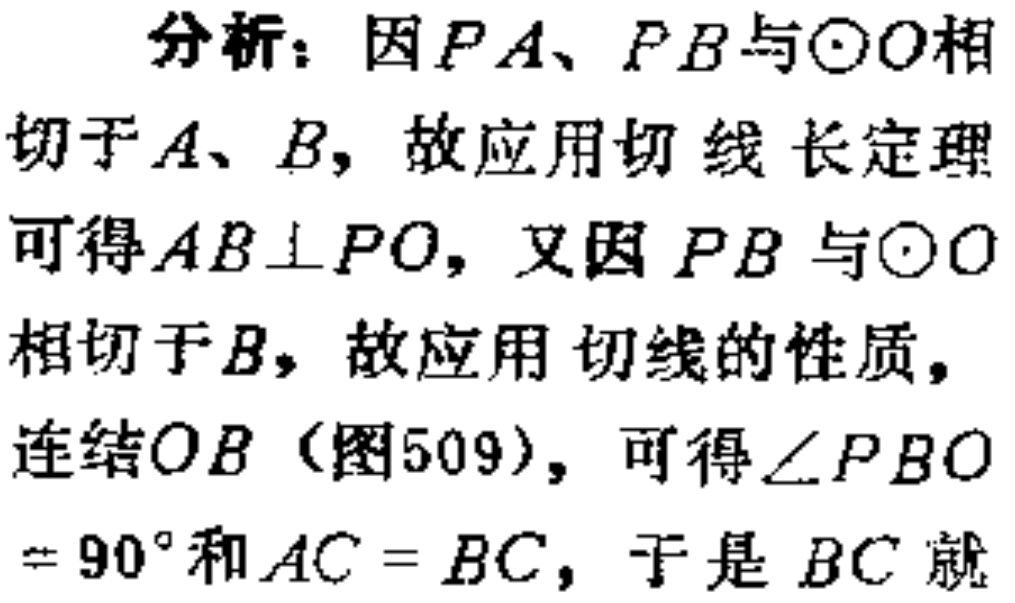
分析：因\(PA、PB\)与\(\odot O\)相切于\(A、B\)，故应用切线长定理可得\(AB\perp PO\)，又因\(PB\)与\(\odot O\)相切于\(B\)，故应用切线的性质，连结\(OB\)（图509），可得\(\angle PBO = 90^{\circ}\)和\(AC = BC\)，于是\(BC\)就